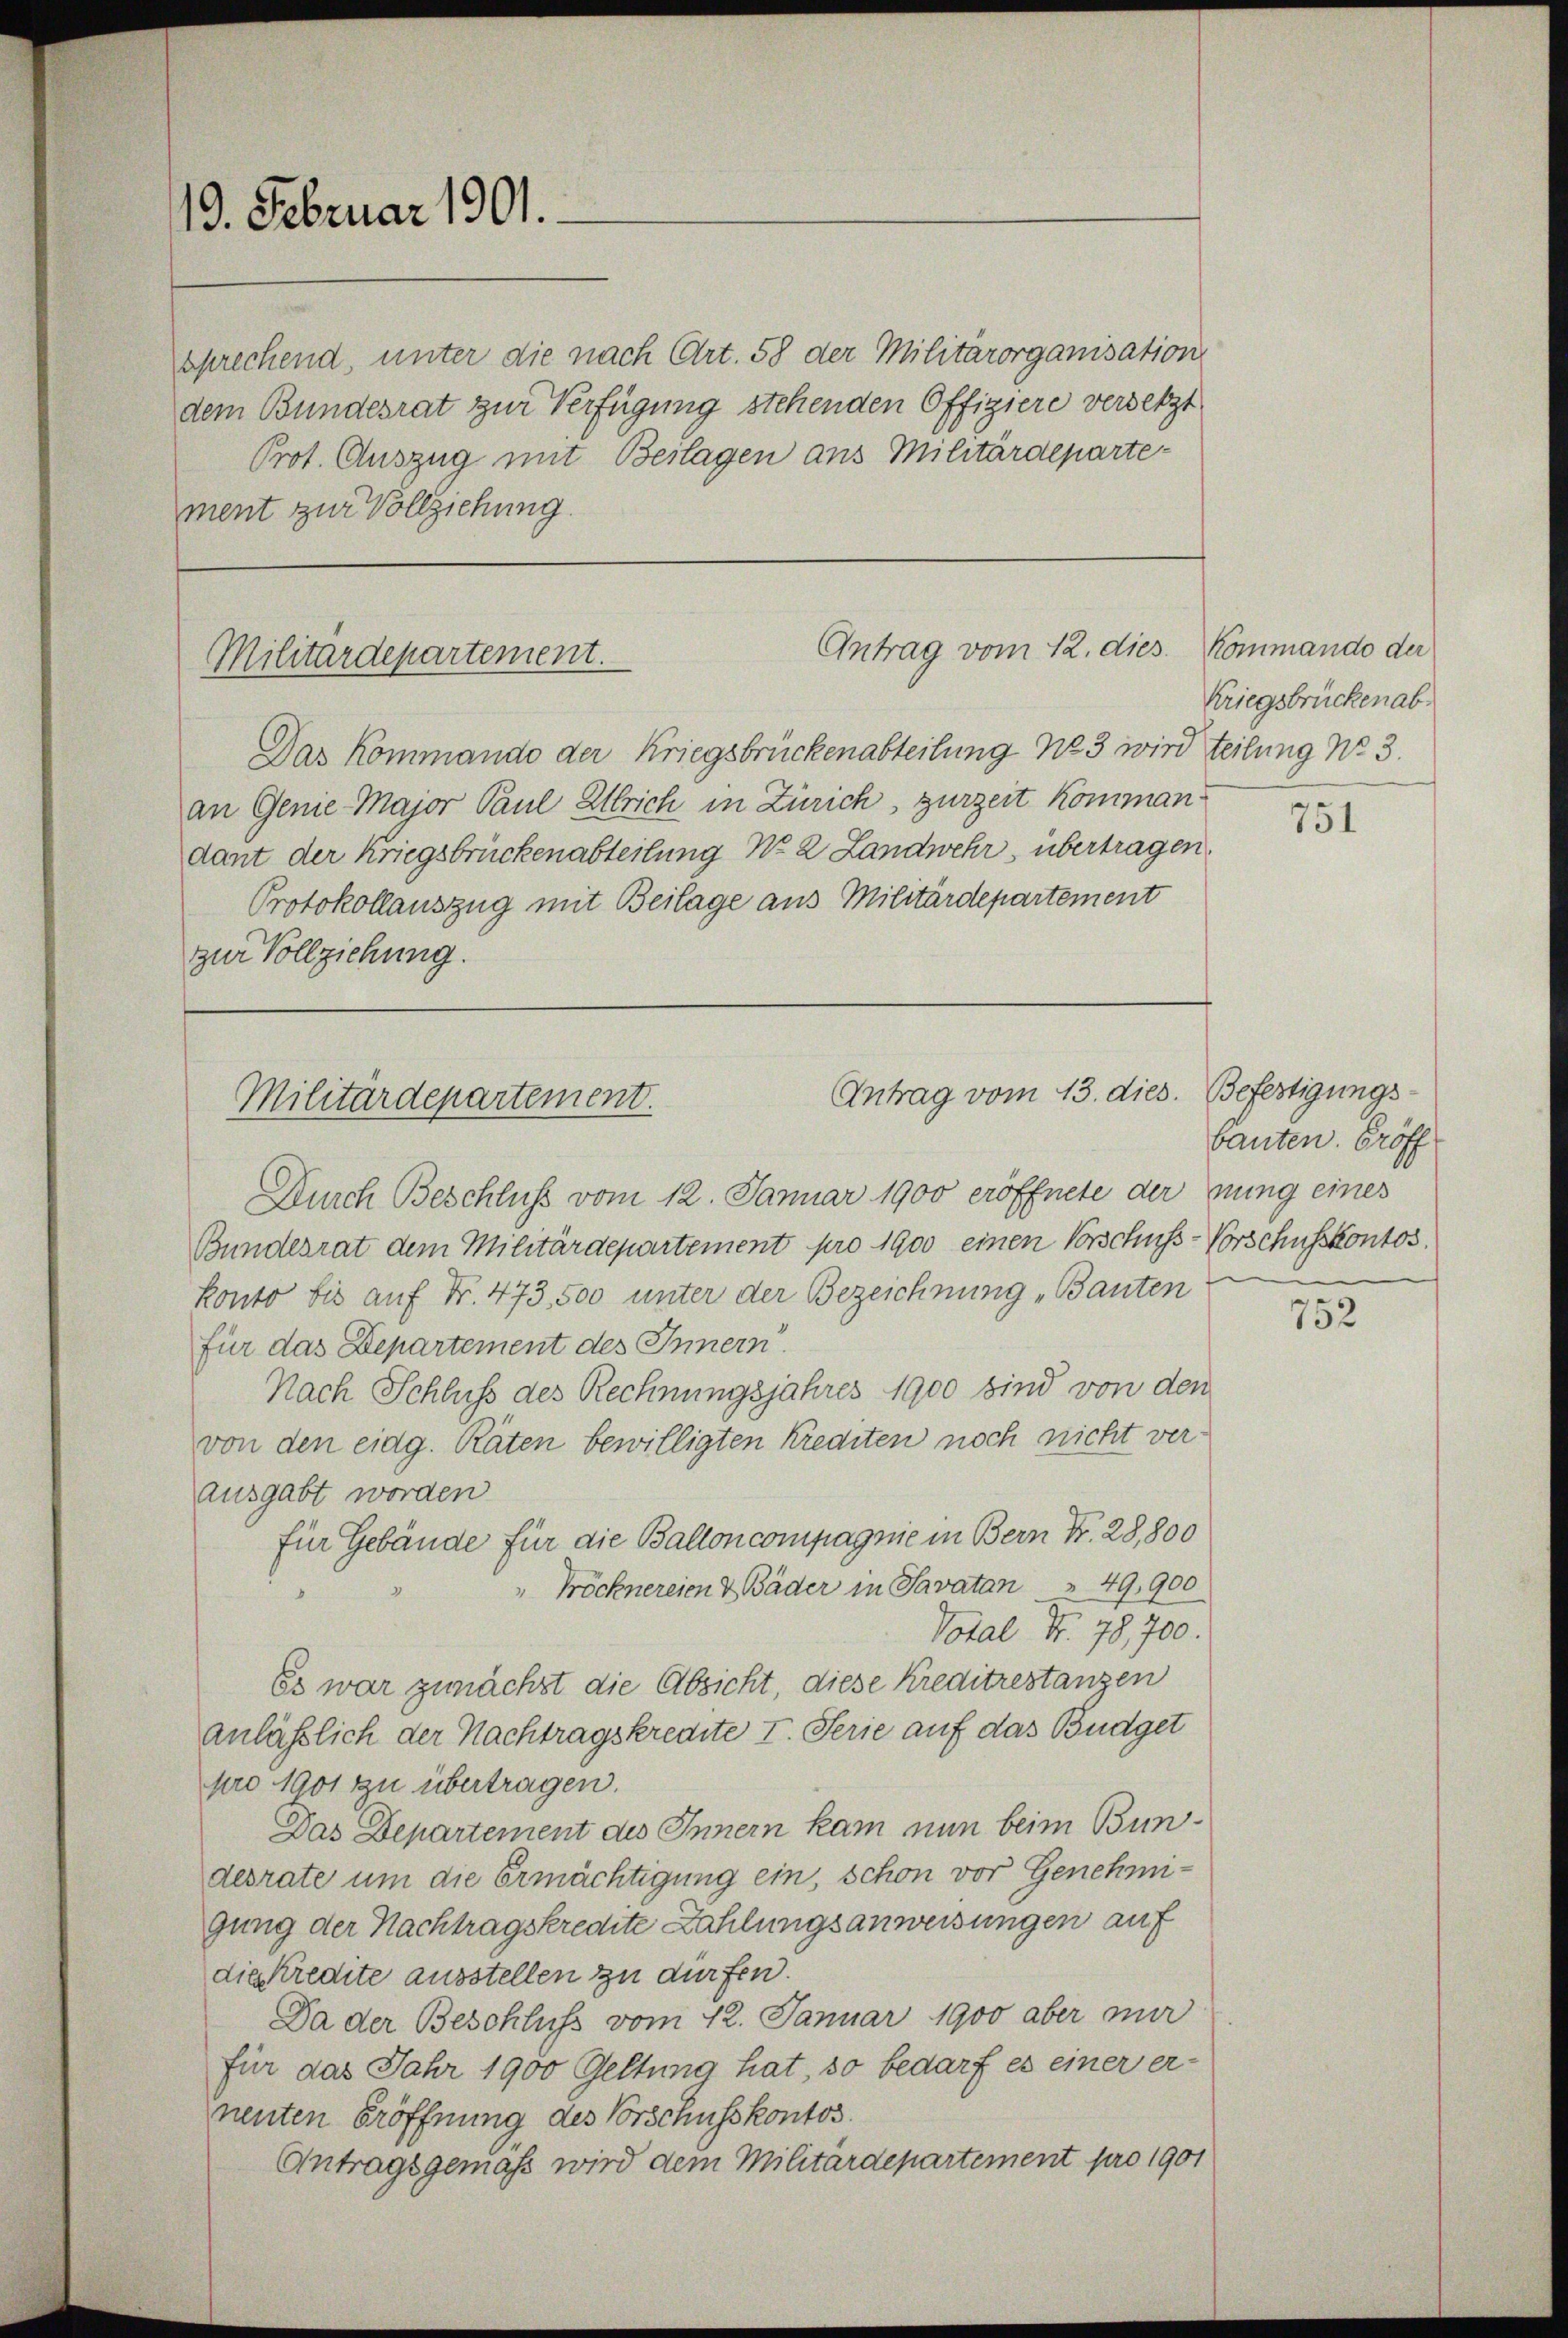
13. Februar 1901.

Antrag vom 12. dies
Militärdepartement.

Antrag vom 13. dies. Befestigungs-
Militärdepartement.

sprechend, unter die nach Art. 58 der Militärorganisation
dem Bundesrat zur Verfügung stehenden Offiziere versetzt
Prot. Auszug mit Beilagen aus Militärdepartement zur Vollziehung.

Das Kommando der Kriegsbrückenabteilung No 3 wird teilung No 3.
an Genie-Major Paul Ulrich in Zürich, zurzeit kommandant der Kriegsbrückenabteilung No 2 Landwehr, übertragen.
Protokollauszug mit Beilage aus Militärdepartement
zur Vollziehung.

Durch Beschluß vom 12. Januar 1900 eröffnete der nung eines
Bundesrat dem Militärdepartement pro 1900 einen Vorschuss-Vorschusskontos.
konto bis auf Nr. 473,500 unter der Bezeichnung „Bauten
für das Departement des Innern.
Nach Schluss des Rechnungsjahres 1900 sind von den
von den eidg. Räten bewilligten Krediten noch nicht ver¬
Ausgabt worden
für Gebäude für die Ballon compagnie in Bern Nr. 28,800
Pröcknereien & Bäder in Savatan       49,900
Votal Nr. 78,700.
Es war zunächst die Absicht, diese Kreditrestanzen
anläßlich der Nachtragskredite I. Serie auf das Budget
pro 1901 zu übertragen.
Das Departement des Innern kam nun beim Bundesrate um die Ermächtigung ein, schon vor Genehmigung der Nachtragskrechte Zahlungsanweisungen auf
die Kredite ausstellen zu dürfen.
Da der Beschluss vom 12. Januar 1900 aber mir
für das Jahr 1900 Geltung hat, so bedarf es einer er-
neuten Eröffnung des Vorschusskontos.
Antragsgemäß wird dem Militärdepartement pro 1901

Kommando der
Kriegsbrücken ab.

751

bauten. Eröff

752